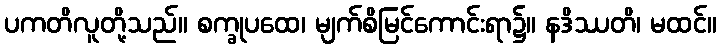
ပကတိလူတို့သည်။ စက္ခုပထေ၊ မျက်စိမြင်ကောင်းရာ၌။ နဒိဿတိ၊ မထင်။